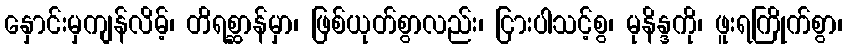
နှောင်းမှကျန်လိမ့်၊ တိရစ္ဆာန်မှာ၊ ဖြစ်ယုတ်စွာလည်း၊ ငြားပါသင့်စွ၊ မုနိန္ဒကို၊ ဖူးရကြိုက်စွာ၊